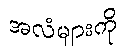
အလံများကို